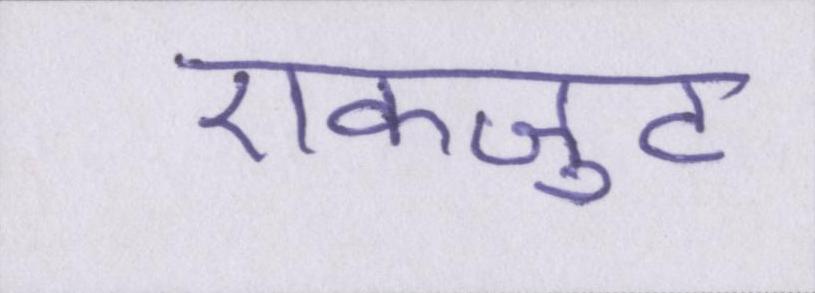
एकजुट